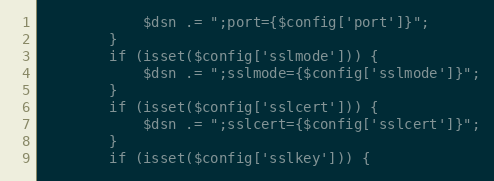
Language: PHP
            $dsn .= ";port={$config['port']}";
        }
        if (isset($config['sslmode'])) {
            $dsn .= ";sslmode={$config['sslmode']}";
        }
        if (isset($config['sslcert'])) {
            $dsn .= ";sslcert={$config['sslcert']}";
        }
        if (isset($config['sslkey'])) {